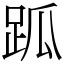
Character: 𧿼